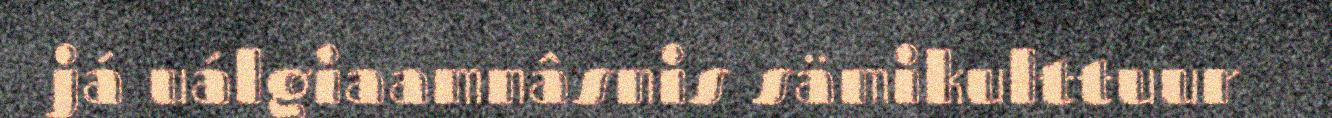
já uálgiaamnâsnis sämikulttuur